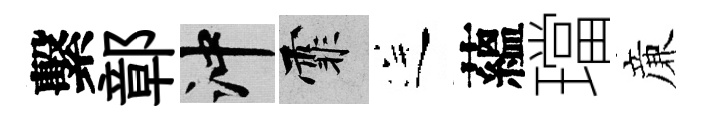
繫鄣冲霏送蘊璫亷